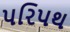
પરિપથ